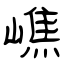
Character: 嶕